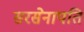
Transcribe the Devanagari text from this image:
सरसेनापति